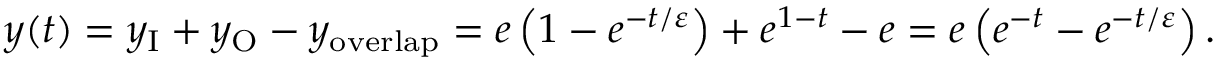
y ( t ) = y _ { \mathrm { I } } + y _ { \mathrm { O } } - y _ { \mathrm { o v e r l a p } } = e \left( { 1 - e ^ { - t / \varepsilon } } \right) + e ^ { 1 - t } - e = e \left( { e ^ { - t } - e ^ { - t / \varepsilon } } \right) .